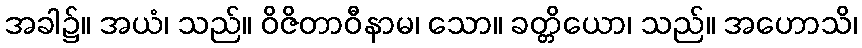
အခါ၌။ အယံ၊ သည်။ ဝိဇိတာဝီနာမ၊ သော။ ခတ္တိယော၊ သည်။ အဟောသိ၊